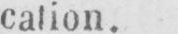
cation.